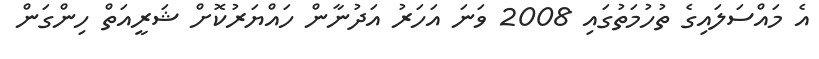
އެ މައްސަލައިގެ ތުހުމަތުގައި 2008 ވަނަ އަހަރު އަދުނާން ހައްޔަރުކޮށް ޝަރީއަތް ހިންގަން